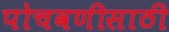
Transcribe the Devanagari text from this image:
पोचवणीसाठी